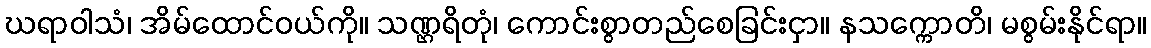
ဃရာဝါသံ၊ အိမ်ထောင်ဝယ်ကို။ သဏ္ဌရိတုံ၊ ကောင်းစွာတည်စေခြင်းငှာ။ နသက္ကောတိ၊ မစွမ်းနိုင်ရာ။